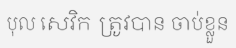
បុល សេវិក ត្រូវបាន ចាប់ខ្លួន